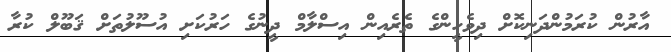
އާރުން ކުރަމުންދަނިކޮށް ދިވެހީންގެ ތެރެއިން އިސްލާމް ދީނުގެ ހަރުކަށި އުސޫލުތަށް ޤަބޫލް ކުރާ